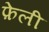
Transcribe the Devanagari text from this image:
फ़ेली